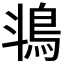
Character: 𬷄